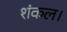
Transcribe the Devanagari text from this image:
शंकल।